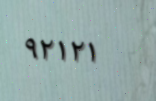
٩٢١٢١